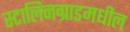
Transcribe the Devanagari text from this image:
स्टालिनग्राडमधील